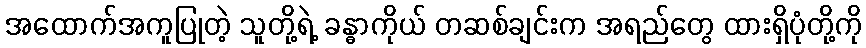
အထောက်အကူပြုတဲ့ သူတို့ရဲ့ ခန္ဓာကိုယ် တဆစ်ချင်းက အရည်တွေ ထားရှိပုံတို့ကို